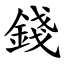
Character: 錢